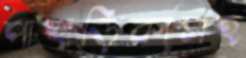
পাহাড়িকাসহ